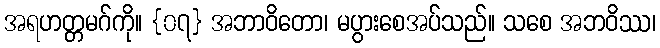
အရဟတ္တမဂ်ကို။ {၀၇} အဘာဝိတော၊ မပွားစေအပ်သည်။ သစေ အဘဝိဿ၊